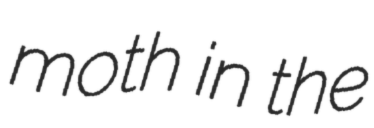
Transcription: moth in the